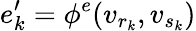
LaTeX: e_{k}^{\prime}=\phi^{e}(v_{r_{k}},v_{s_{k}})